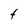
Character: t